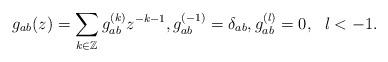
LaTeX: \begin{gather*}g_{ab}(z)=\sum_{k\in\mathbb{Z}}g_{ab}^{(k)}z^{-k-1}, g_{ab}^{(-1)}=\delta_{ab},g_{ab}^{(l)}=0, \ \ l<-1. \end{gather*}